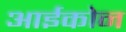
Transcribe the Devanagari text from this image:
आईकोन